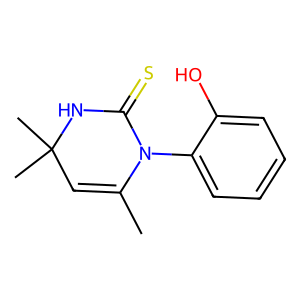
SMILES: CC1=CC(C)(C)NC(=S)N1c1ccccc1O
Inhibits HIV replication: No